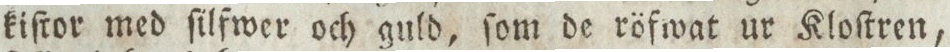
kiſtor med ſilfwer och guld, ſom de röfwat ur Kloſtren,